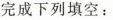
完成下列填空：